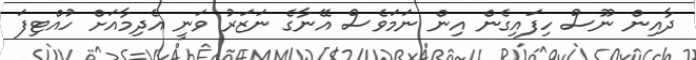
ދާއިން ނޫސް ހިފައިގެން އިން ނަމަވެސް އޭނާގެ ނަޒަރު ވަނީ އެދިމާއަށް ހުއްޓިފަ